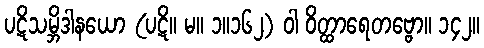
ပဋိသမ္ဘိဒါနယော (ပဋိ။ မ။ ၁။၁၆၂) ဝါ ဝိတ္ထာရေတဗ္ဗော။ ၁၄၂။